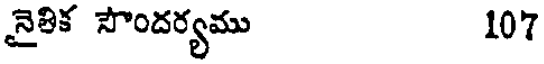
నైతిక సౌందర్యము 107